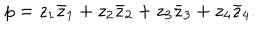
p = z _ { 1 } \bar { z } _ { 1 } + z _ { 2 } \bar { z } _ { 2 } + z _ { 3 } \bar { z } _ { 3 } + z _ { 4 } \bar { z } _ { 4 } .